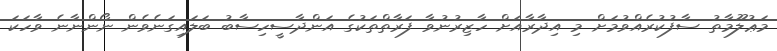
މަޢުލޫމާތު ސާފުކުރެއްވުމަށް މި އިދާރާއަށް ހާޒިރުނުވާ ފަރާތްތަކުގެ އަންދާސީހިސާބު ބަލައިގަނެވެން ނޯންނާނެ ވާހަކަ